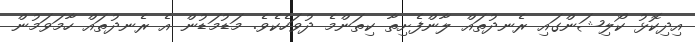
އިދިކޮޅު ކޯލިޝަންގައި ރެނދުތައް ލާންފެށިތާ ކިތަންމެ ދުވަހެކެވެ. މަޑުމަޑުން އެ ރެނދުތައް ހާމަވަމުން